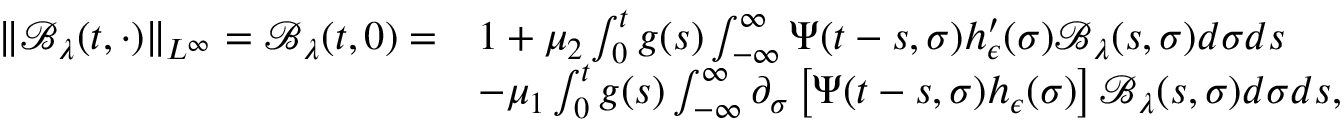
\begin{array} { r l } { \| \mathcal { B } _ { \lambda } ( t , \cdot ) \| _ { L ^ { \infty } } = \mathcal { B } _ { \lambda } ( t , 0 ) = } & { 1 + \mu _ { 2 } \int _ { 0 } ^ { t } g ( s ) \int _ { - \infty } ^ { \infty } \Psi ( t - s , \sigma ) h _ { \epsilon } ^ { \prime } ( \sigma ) \mathcal { B } _ { \lambda } ( s , \sigma ) d \sigma d s } \\ & { - \mu _ { 1 } \int _ { 0 } ^ { t } g ( s ) \int _ { - \infty } ^ { \infty } \partial _ { \sigma } \left[ \Psi ( t - s , \sigma ) h _ { \epsilon } ( \sigma ) \right] \mathcal { B } _ { \lambda } ( s , \sigma ) d \sigma d s , } \end{array}